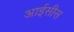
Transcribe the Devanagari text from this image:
आईसीस